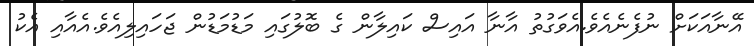
އޭނާއަކަށް ނުފެނެއެވެ.އެވަގުތު އާނާ އައިސް ކައިލާން ގެ ބޮލުގައި މަޑުމަޑުން ޖަހައިލިއެވެ.އެއާއި އެކު